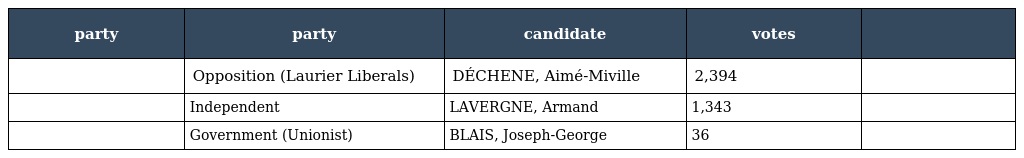
| party | party | candidate | votes |  |
 | --- | --- | --- | --- | --- |
 |  | Opposition (Laurier Liberals) | DÉCHENE, Aimé-Miville | 2,394 |  |
 |  | Independent | LAVERGNE, Armand | 1,343 |  |
 |  | Government (Unionist) | BLAIS, Joseph-George | 36 |  |